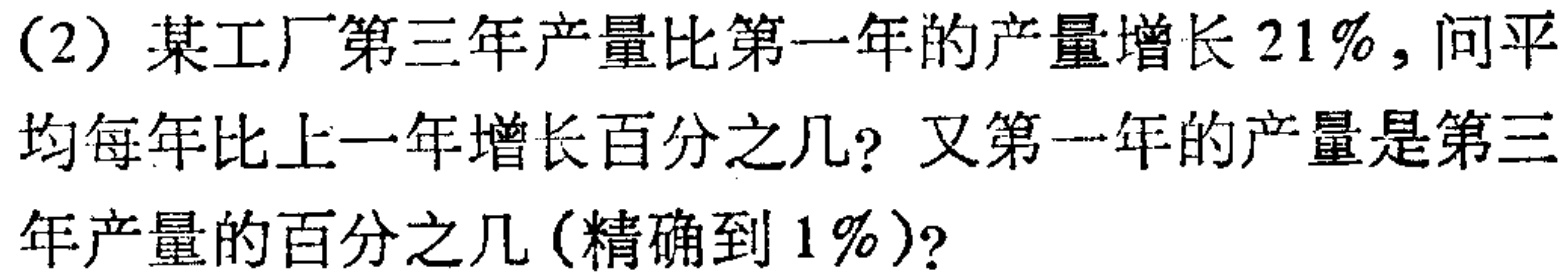
（2）某工厂第三年产量比第一年的产量增长\(21\%\)，问平均每年比上一年增长百分之几？又第一年的产量是第三年产量的百分之几（精确到\(1\%\)）？